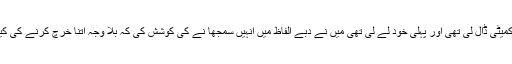
امی نے میری مہنگی کتابوں اور یونی فارم کے لیے کمیٹی ڈال لی تھی اور پہلی خود لے لی تھی میں نے دبے الفاظ میں انہیں سمجھا نے کی کوشش کی کہ بلا وجہ اتنا خرچ کرنے کی کیا ضرورت ہے اچھا خاصا پچھلے اسکول پڑھ رہا تھا۔